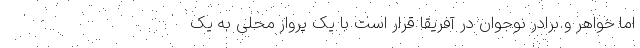
اما خواهر و برادر نوجوان در آفریقا قرار است با یک پرواز محلی به یک